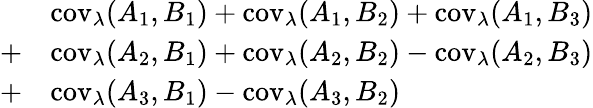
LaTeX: \begin{array}{rl}&{\operatorname{cov}_{\lambda}(A_{1},B_{1})+\operatorname{cov}_{\lambda}(A_{1},B_{2})+\operatorname{cov}_{\lambda}(A_{1},B_{3})}\\ {+}&{\operatorname{cov}_{\lambda}(A_{2},B_{1})+\operatorname{cov}_{\lambda}(A_{2},B_{2})-\operatorname{cov}_{\lambda}(A_{2},B_{3})}\\ {+}&{\operatorname{cov}_{\lambda}(A_{3},B_{1})-\operatorname{cov}_{\lambda}(A_{3},B_{2})}\end{array}